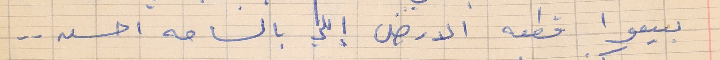
بيعوا قطعه الارض إللي بالساحه احسن . .